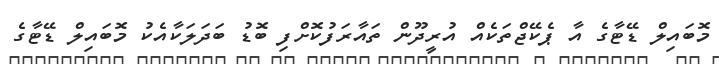
މޮބައިލް ޑޭޓާގެ އާ ޕެކޭޖްތަކެއް އުރީދޫން ތައާރަފުކޮށްފި ބޮޑު ބަދަލަކާއެކު މޮބައިލް ޑޭޓާގެ